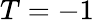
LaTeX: T=-1